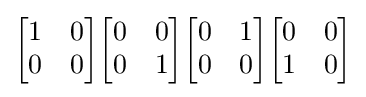
{\begin{bmatrix}1&0\\0&0\\\end{bmatrix}}{\begin{bmatrix}0&0\\0&1\\\end{bmatrix}}{\begin{bmatrix}0&1\\0&0\\\end{bmatrix}}{\begin{bmatrix}0&0\\1&0\\\end{bmatrix}}